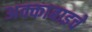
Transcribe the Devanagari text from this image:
अक्काबाइचे